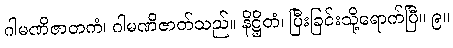
ဂါမဏိဇာတကံ၊ ဂါမဏိဇာတ်သည်။ နိဋ္ဌိတံ၊ ပြီးခြင်းသို့ရောက်ပြီ။ ၉။